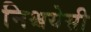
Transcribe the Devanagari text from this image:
निश्चयेसी